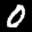
Label: 0